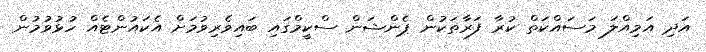
އަދި އަމިއްލަ މަސައްކަތް ކުރާ ފަރާތަކުން ޕެންޝަން ސްކީމްގައި ބައިވެރިވުމަށް އެކައުންޓެއް ހުޅުވުމުން